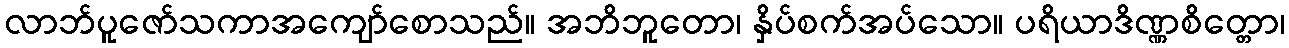
လာဘ်ပူဇော်သကာအကျော်စောသည်။ အဘိဘူတော၊ နှိပ်စက်အပ်သော။ ပရိယာဒိဏ္ဏစိတ္တော၊